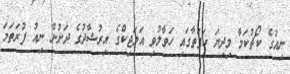
ނިއުގެ ކޯޗުކަމާ މިދިޔަ ހަފުތާގައި ހަވާލުވި އަލަޖިކްގެ އިރުޝާދުގެ ދަށުން ނިއު ފުރަތަމަ